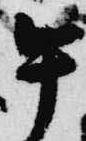
午